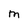
Character: M